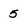
Character: 5